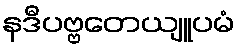
နဒီပဗ္ဗတေယျူပမံ